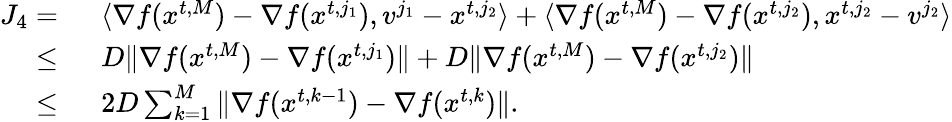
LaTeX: \begin{array}{rl}{J_{4}=\ }&{\langle\nabla f({x}^{t,M})-\nabla f({x}^{t,j_{1}}),{v}^{j_{1}}-{x}^{t,j_{2}}\rangle+\langle\nabla f({x}^{t,M})-\nabla f({x}^{t,j_{2}}),{x}^{t,j_{2}}-{v}^{j_{2}}\rangle}\\ {\le\ }&{D\| \nabla f({x}^{t,M})-\nabla f({x}^{t,j_{1}})\| +D\| \nabla f({x}^{t,M})-\nabla f({x}^{t,j_{2}})\| }\\ {\le\ }&{2D\sum_{k=1}^{M}\| \nabla f({x}^{t,k-1})-\nabla f({x}^{t,k})\| .}\end{array}